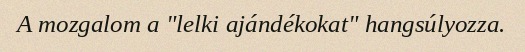
A mozgalom a "lelki ajándékokat" hangsúlyozza.